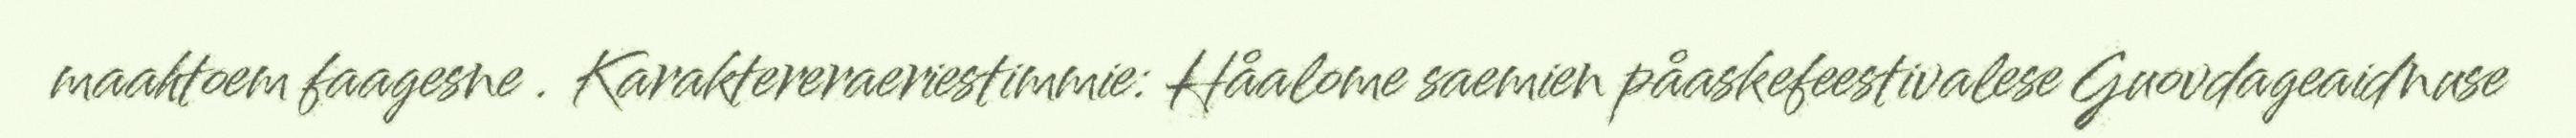
maahtoem faagesne . Karaktereraeriestimmie: Håalome saemien påaskefeestivalese Guovdageaidnuse